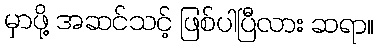
မှာဖို့ အဆင်သင့် ဖြစ်ပါပြီလား ဆရာ။